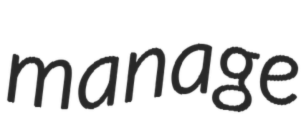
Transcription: manage